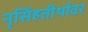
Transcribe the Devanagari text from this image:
नृसिंहतीर्थावर